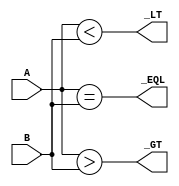
/* 4 bits comparator in behavior level */
module cmp4bit_b(A, B, _EQL, _GT, _LT);
    input   [3:0]   A, B;
    output          _EQL, _GT, _LT;

    reg             _EQL, _GT, _LT;

    always@(A or B) begin
            _EQL = (A == B);
            _GT = (A > B);
            _LT = (A < B);
    end

endmodule